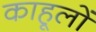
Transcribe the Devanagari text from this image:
काहूलों